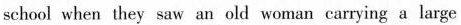
school when they saw an old woman carrying a large